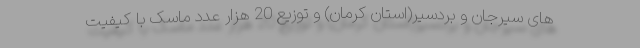
های سیرجان و بردسیر(استان کرمان) و توزیع 20 هزار عدد ماسک با کیفیت